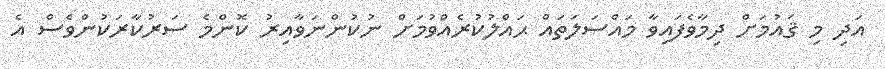
އަދި މި ޤައުމަށް ދިމާވެފައިވާ މައްސަލަތައް ޙައްލުކުރެއްވުމަށް ނުކުންނަވާއިރު ކޮންމެ ސަރުކާރަކުންވެސް އެ